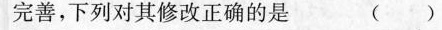
完善，下列对其修改正确的是 ( )